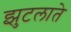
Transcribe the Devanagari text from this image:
झुटलाते